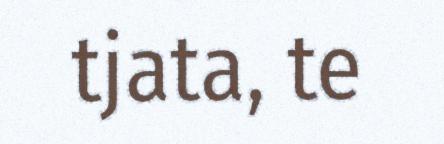
tjata, te